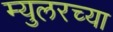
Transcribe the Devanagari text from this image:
म्युलरच्या